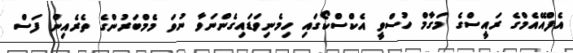
އެފްއޭއެމްގެ ރައީސްގެ މަގާމް ހުސްވީ އެކްސްކޯގައި ހިމެނިވަޑައިގެންނަވާ ނުވަ މެމްބަރުންގެ ތެރެއިން ފަސް